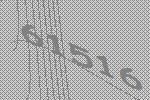
61516